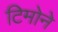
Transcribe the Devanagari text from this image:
टिमोने